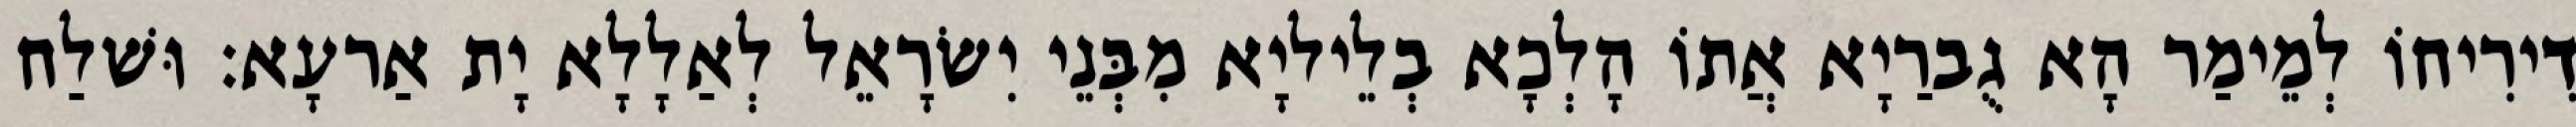
דִירִיחוֹ לְמֵימַר הָא גֻברַיָא אֲתוֹ הָלְכָא בְלֵיליָא מִבְּנֵי יִשׂרָאֵל לְאַלָלָא יָת אַרעָא׃ וּשׁלַח